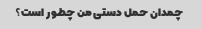
چمدان حمل دستی من چطور است؟